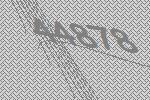
44878